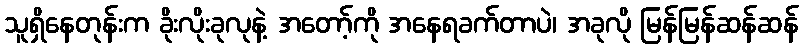
သူရှိနေတုန်းက ခိုးလိုးခုလုနဲ့ အတော့်ကို အနေရခက်တာပဲ၊ အခုလို မြန်မြန်ဆန်ဆန်